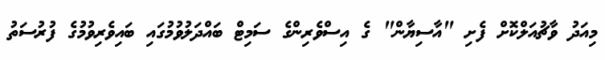
މިއަދު ވާޗުއަލްކޮށް ފެށި "އާސިޔާން" ގެ އިސްވެރިންގެ ސަމިޓް ބައްދަލުވުމުގައި ބައިވެރިވުމުގެ ފުރުސަތު